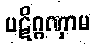
ပဋိဂ္ဂဏှာမ